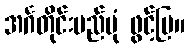
အင်္ဂတိုင်းမည်ပုံ ဖွင့်ပြ။